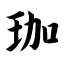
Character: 珈